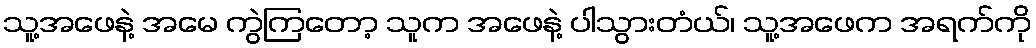
သူ့အဖေနဲ့ အမေ ကွဲကြတော့ သူက အဖေနဲ့ ပါသွားတံယ်၊ သူ့အဖေက အရက်ကို